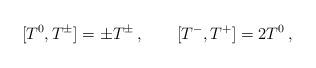
LaTeX: \begin{align*}[T^0 ,T^\pm ] =\pm T^\pm\,,\qquad [T^- ,T^+ ]=2T^0\,,\end{align*}